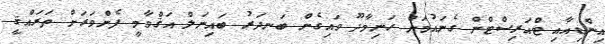
އިންޑިއާއި ޓްއަރިސްޓްން ގެނައުމަށް ހަނިމާދޫ ވައިގެން ބަނދަރު ބައިނަލް އަޤްވާމީ ފެންވަރަށް ތަރައްޤީ